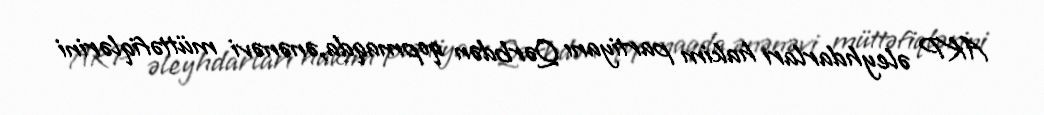
AKP əleyhdarları hakim partiyanı Qərbdən qopmaqda,ənənəvi müttəfiqlərini